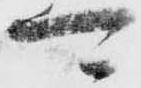
可